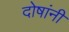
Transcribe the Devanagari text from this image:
दोषांनी